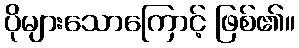
ပိုများသောကြောင့် ဖြစ်၏။